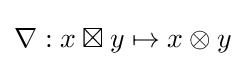
\nabla :x\boxtimes y\mapsto x\otimes y